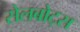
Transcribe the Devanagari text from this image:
सेलबोट्स